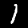
Label: 1